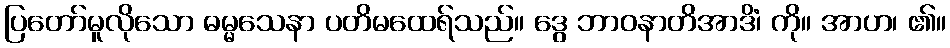
ပြတော်မူလိုသော ဓမ္မသေနာ ပတိမထေရ်သည်။ ဒွေ ဘာဝနာတိအာဒိံ၊ ကို။ အာဟ၊ ၏။